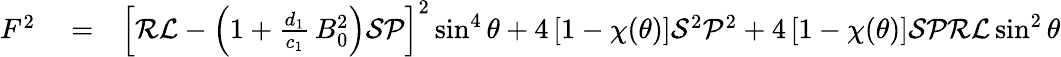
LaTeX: \begin{array}{rlr}{F^{2}}&{{}=}&{\left[{\cal R}{\cal L}-\left(1+\frac{d_{1}}{c_{1}}\, B_{0}^{2}\right){\cal S}{\cal P}\right]^{2}\sin^{4}\theta+4\left[1-\chi(\theta)\right]{\cal S}^{2}{\cal P}^{2}+4\left[1-\chi(\theta)\right]{\cal S}{\cal P}{\cal R}{\cal L}\sin^{2}\theta}\end{array}